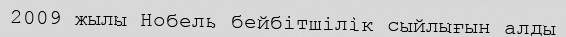
2009 жылы Нобель бейбітшілік сыйлығын алды